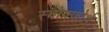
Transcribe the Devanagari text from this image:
स्पोफ्फोर्थ